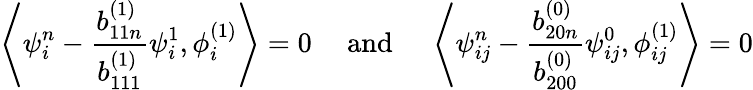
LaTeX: \left\langle\psi_{i}^{n}-\frac{b_{11n}^{(1)}}{b_{111}^{(1)}}\psi_{i}^{1},\phi_{i}^{(1)}\right\rangle=0\quad\mathrm{~and~}\quad\left\langle\psi_{ij}^{n}-\frac{b_{20n}^{(0)}}{b_{200}^{(0)}}\psi_{ij}^{0},\phi_{ij}^{(1)}\right\rangle=0